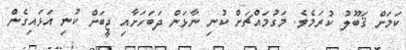
ކަމަށް ޤަބޫލު ކުރަމެވެ. މަގުމައްޗަށް ކުނި ނާޅަން ދަބަހަށާއި ޖީބަށް ކުނި އަޅައިގެން